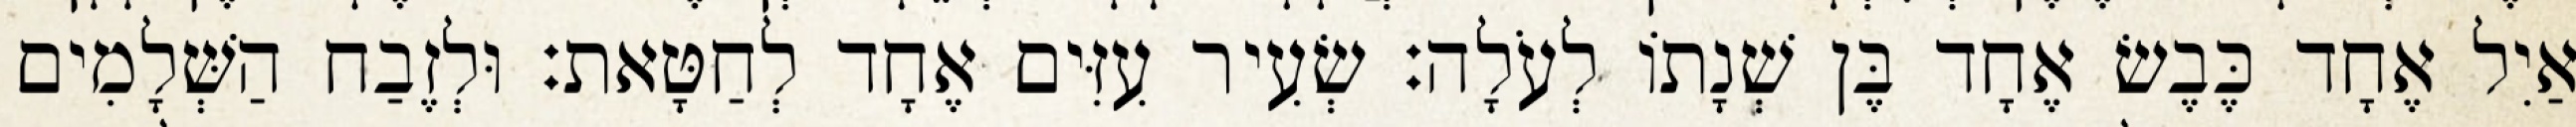
אַיִל אֶחָד כֶּבֶשׂ אֶחָד בֶּן שְׁנָתוֹ לְעֹלָה׃ שְׂעִיר עִזִּים אֶחָד לְחַטָּאת׃ וּלְזֶבַח הַשְּׁלָמִים